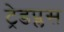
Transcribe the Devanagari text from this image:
ट्रेडप्लस